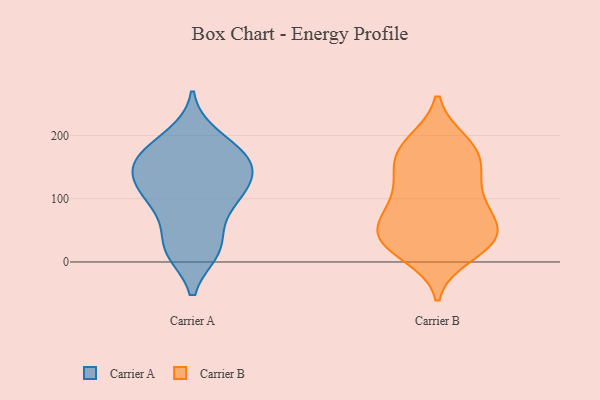
{"axis": {"x": "Market Share (%)", "y": "Value"}, "legend": ["Carrier A", "Carrier B"], "data": [{"x": "", "y": 155, "type": "Carrier A"}, {"x": "", "y": 116, "type": "Carrier A"}, {"x": "", "y": 92, "type": "Carrier A"}, {"x": "", "y": 125, "type": "Carrier A"}, {"x": "", "y": 172, "type": "Carrier A"}, {"x": "", "y": 26, "type": "Carrier A"}, {"x": "", "y": 20, "type": "Carrier A"}, {"x": "", "y": 113, "type": "Carrier A"}, {"x": "", "y": 79, "type": "Carrier A"}, {"x": "", "y": 152, "type": "Carrier A"}, {"x": "", "y": 18, "type": "Carrier A"}, {"x": "", "y": 199, "type": "Carrier A"}, {"x": "", "y": 152, "type": "Carrier A"}, {"x": "", "y": 175, "type": "Carrier A"}, {"x": "", "y": 40, "type": "Carrier B"}, {"x": "", "y": 131, "type": "Carrier B"}, {"x": "", "y": 55, "type": "Carrier B"}, {"x": "", "y": 168, "type": "Carrier B"}, {"x": "", "y": 190, "type": "Carrier B"}, {"x": "", "y": 177, "type": "Carrier B"}, {"x": "", "y": 46, "type": "Carrier B"}, {"x": "", "y": 188, "type": "Carrier B"}, {"x": "", "y": 45, "type": "Carrier B"}, {"x": "", "y": 22, "type": "Carrier B"}, {"x": "", "y": 11, "type": "Carrier B"}, {"x": "", "y": 32, "type": "Carrier B"}, {"x": "", "y": 99, "type": "Carrier B"}, {"x": "", "y": 71, "type": "Carrier B"}, {"x": "", "y": 90, "type": "Carrier B"}, {"x": "", "y": 99, "type": "Carrier B"}, {"x": "", "y": 33, "type": "Carrier B"}, {"x": "", "y": 148, "type": "Carrier B"}, {"x": "", "y": 149, "type": "Carrier B"}]}